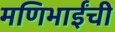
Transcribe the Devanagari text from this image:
मणिभाईंची